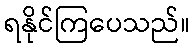
ရနိုင်ကြပေသည်။